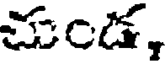
చుండ,